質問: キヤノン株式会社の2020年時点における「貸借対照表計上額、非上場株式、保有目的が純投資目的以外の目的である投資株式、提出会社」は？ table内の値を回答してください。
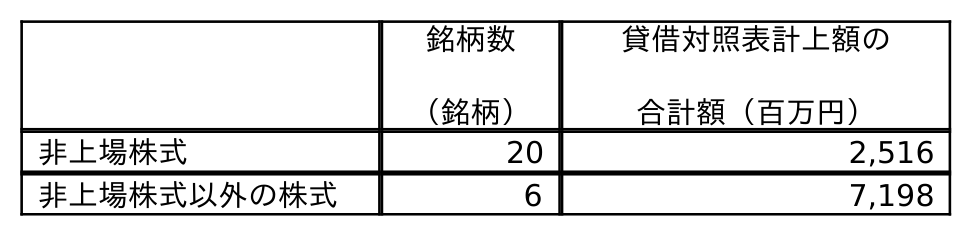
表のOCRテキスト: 銘柄数 （銘柄） 貸借対照表計上額の 合計額（百万円） 非上場株式 20 2,516 非上場株式以外の株式 6 7,198
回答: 2,516